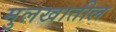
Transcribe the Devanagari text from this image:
मुलखातील